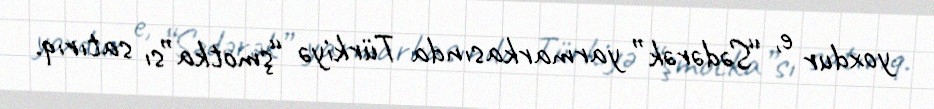
yoxdur e, “Sədərək” yarmarkasında Türkiyə “şmotka”sı satırıq.